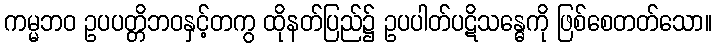
ကမ္မဘဝ ဥပပတ္တိဘဝနှင့်တကွ ထိုနတ်ပြည်၌ ဥပပါတ်ပဋိသန္ဓေကို ဖြစ်စေတတ်သော။